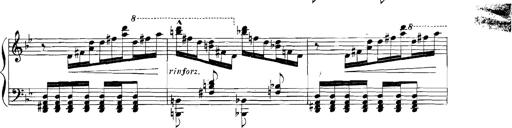
Title: Rhapsodies hongroises
Composer: Franz Liszt